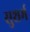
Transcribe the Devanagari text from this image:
सुशर्म